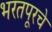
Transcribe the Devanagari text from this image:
भरतपूरचे